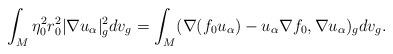
LaTeX: \begin{align*}\int_M\eta_0^2r_0^2|\nabla u_\alpha|_g^2dv_g = \int_M(\nabla(f_0u_\alpha) - u_\alpha\nabla f_0, \nabla u_\alpha)_gdv_g.\end{align*}